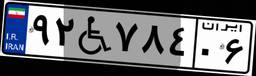
۹۲W۷۸۴۰۶